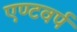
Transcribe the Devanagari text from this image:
एण्टवर्प